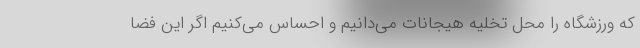
که ورزشگاه را محل تخلیه هیجانات می‌دانیم و احساس می‌کنیم اگر این فضا